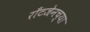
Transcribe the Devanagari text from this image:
राँटजेनच्या